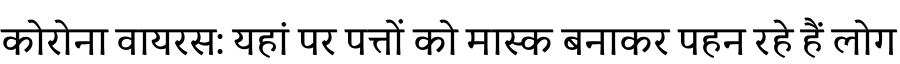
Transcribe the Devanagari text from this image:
कोरोना वायरस: यहां पर पत्तों को मास्क बनाकर पहन रहे हैं लोग